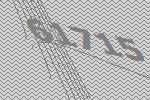
61715